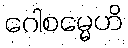
ဂေါစမ္မေဟိ